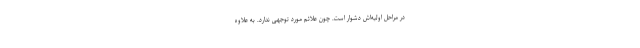
در مراحل اولیه‌اش دشوار است. چون علائم مورد توجهی ندارد. به‌ علاوه